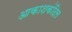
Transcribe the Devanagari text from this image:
आकाशकंदिल